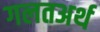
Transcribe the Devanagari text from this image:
गलतअर्थ